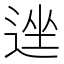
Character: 𫐩